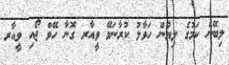
ލިބޭނެ ކަމުގެ ލިޔުން ހަވާލު ކުރާނަމޭ ވީއާރ ގޮނާ ހޭވް ޖޯއި ވީއާރ